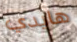
هايدي